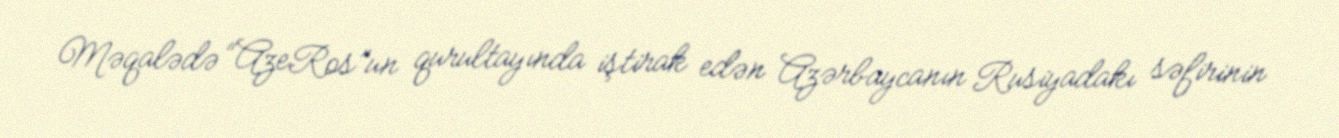
Məqalədə “AzeRos”un qurultayında iştirak edən Azərbaycanın Rusiyadakı səfirinin